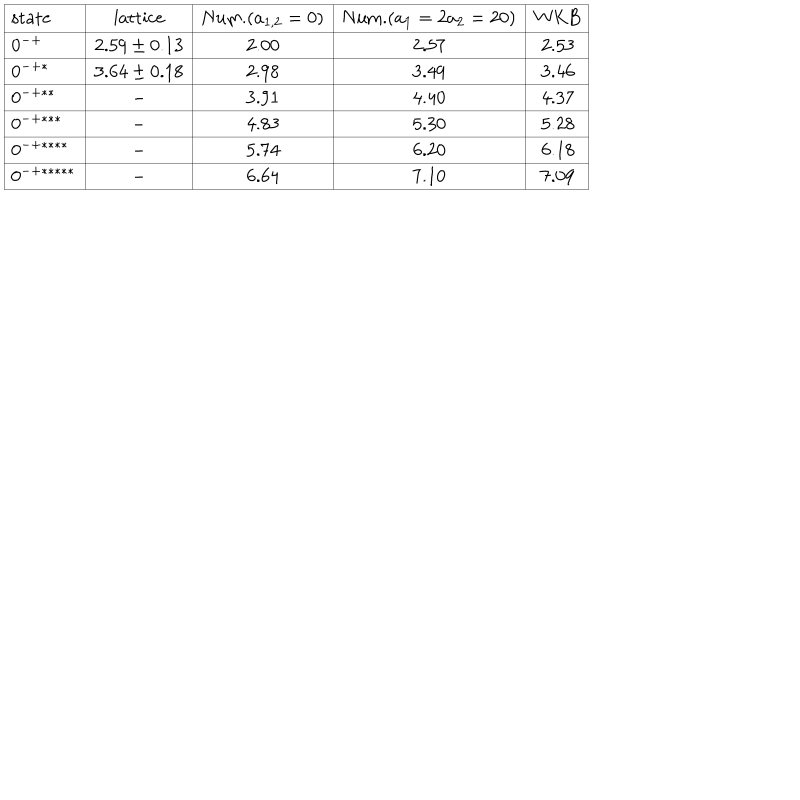
\begin{array} { | l | c | c | c | c | } \hline { { \mathrm { s t a t e } } } & { { \mathrm { l a t t i c e } } } & { { \mathrm { N u m . } ( a _ { 1 , 2 } = 0 ) } } & { { \mathrm { N u m . } ( a _ { 1 } = 2 a _ { 2 } = 2 0 ) } } & { { \mathrm { W K B } } } \\ \hline { { 0 ^ { - + } } } & { { 2 . 5 9 \pm 0 . 1 3 } } & { { 2 . 0 0 } } & { { 2 . 5 7 } } & { { 2 . 5 3 } } \\ \hline { { 0 ^ { - + * } } } & { { 3 . 6 4 \pm 0 . 1 8 } } & { { 2 . 9 8 } } & { { 3 . 4 9 } } & { { 3 . 4 6 } } \\ \hline { { 0 ^ { - + * * } } } & { { - } } & { { 3 . 9 1 } } & { { 4 . 4 0 } } & { { 4 . 3 7 } } \\ \hline { { 0 ^ { - + * * * } } } & { { - } } & { { 4 . 8 3 } } & { { 5 . 3 0 } } & { { 5 . 2 8 } } \\ \hline { { 0 ^ { - + * * * * } } } & { { - } } & { { 5 . 7 4 } } & { { 6 . 2 0 } } & { { 6 . 1 8 } } \\ \hline { { 0 ^ { - + * * * * * } } } & { { - } } & { { 6 . 6 4 } } & { { 7 . 1 0 } } & { { 7 . 0 9 } } \\ \hline { { } } \\ \end{array}